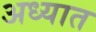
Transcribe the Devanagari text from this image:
अध्यात